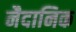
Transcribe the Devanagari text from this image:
नैदानिक